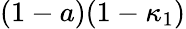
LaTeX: (1-a)(1-\kappa_{1})